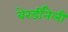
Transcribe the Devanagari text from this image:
बेरर्डीनेली